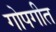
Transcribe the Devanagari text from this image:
गोपगीत